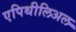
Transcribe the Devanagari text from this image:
एपिथीलिअल